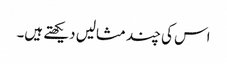
اس کی چند مثالیں دیکھتے ہیں۔